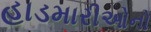
હાડમારીઓનો